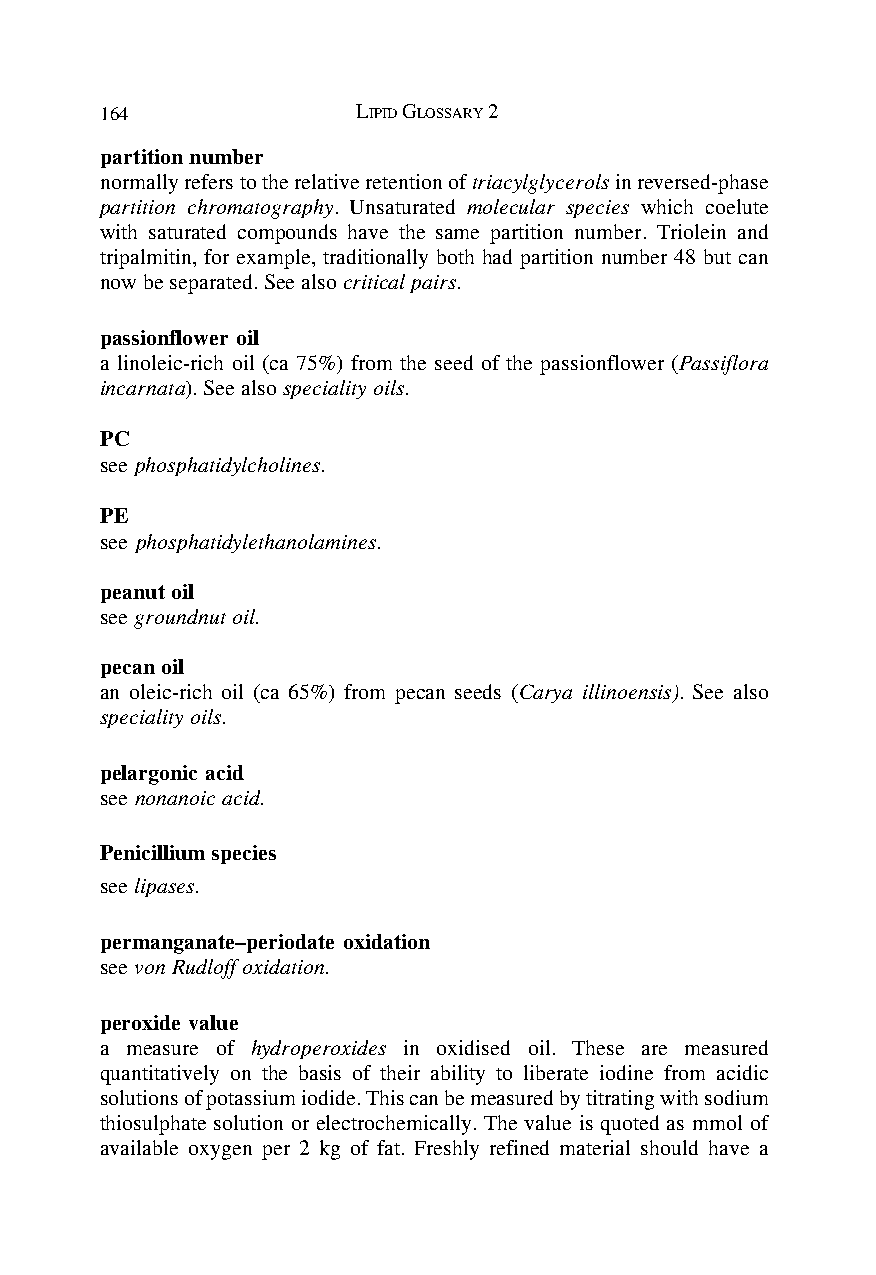
164              LIPID GLOSSARY 2
 partition number
 normally refers to the relative retention of triacylglycerols in reversed-phase
 partition chromatography. Unsaturated molecular species which coelute
 with saturated compounds have the same partition number. Triolein and
 tripalmitin, for example, traditionally both had partition number 48 but can
 now be separated. See also critical pairs.
 passionflower oil
 a linoleic-rich oil (ca 75%) from the seed of the passionflower (Passiflora
 incarnata). See also speciality oils.
 PC
 see phosphatidylcholines.
 PE
 see phosphatidylethanolamines.
 peanut oil
 see groundnut oil.
 pecan oil
 an oleic-rich oil (ca 65%) from pecan seeds (Carya illinoensis). See also
 speciality oils.
 pelargonic acid
 see nonanoic acid.
 Penicillium species
 see lipases.
 permanganate–periodate oxidation
 see von Rudloff oxidation.
 peroxide value
 a measure of hydroperoxides in oxidised oil. These are measured
 quantitatively on the basis of their ability to liberate iodine from acidic
 solutions of potassium iodide. This can be measured by titrating with sodium
 thiosulphate solution or electrochemically. The value is quoted as mmol of
 available oxygen per 2 kg of fat. Freshly refined material should have a